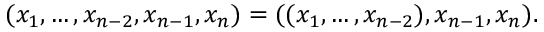
( x _ { 1 } , \ldots , x _ { n - 2 } , x _ { n - 1 } , x _ { n } ) = ( ( x _ { 1 } , \ldots , x _ { n - 2 } ) , x _ { n - 1 } , x _ { n } ) .